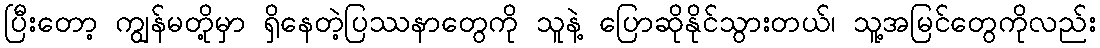
ပြီးတော့ ကျွန်မတို့မှာ ရှိနေတဲ့ပြဿနာတွေကို သူနဲ့ ပြောဆိုနိုင်သွားတယ်၊ သူ့အမြင်တွေကိုလည်း